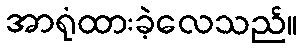
အာရုံထားခဲ့လေသည်။